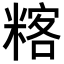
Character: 𥻞